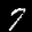
Label: 7